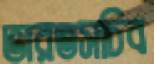
ভারতসচিব